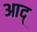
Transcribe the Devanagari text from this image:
आद्